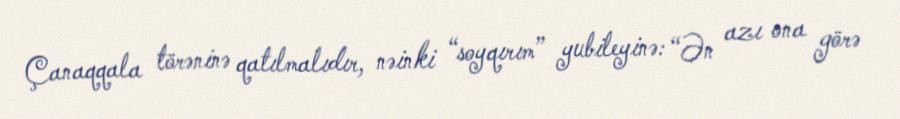
Çanaqqala törəninə qatılmalıdır, nəinki “soyqırım” yubileyinə: “Ən azı ona görə